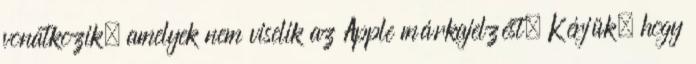
vonatkozik, amelyek nem viselik az Apple márkajelzést. Kérjük, hogy